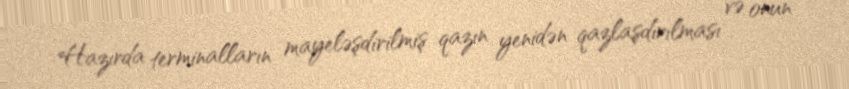
Hazırda terminalların mayeləşdirilmiş qazın yenidən qazlaşdırılması və onun